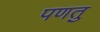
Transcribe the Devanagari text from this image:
पणतु